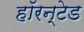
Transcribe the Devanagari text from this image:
हॉरन्टेड